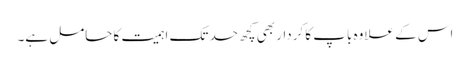
اس کے علاوہ باپ کا کردار بھی کچھ حد تک اہمیت کا حامل ہے۔